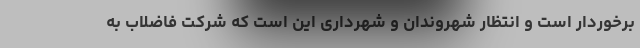
برخوردار است و انتظار شهروندان و شهرداری این است که شرکت فاضلاب به